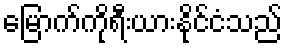
မြောက်ကိုရီးယားနိုင်ငံသည်